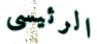
الرئيسى